Lunatic asylums Madras 1892-1911 - 1892-1911
Year: 1892
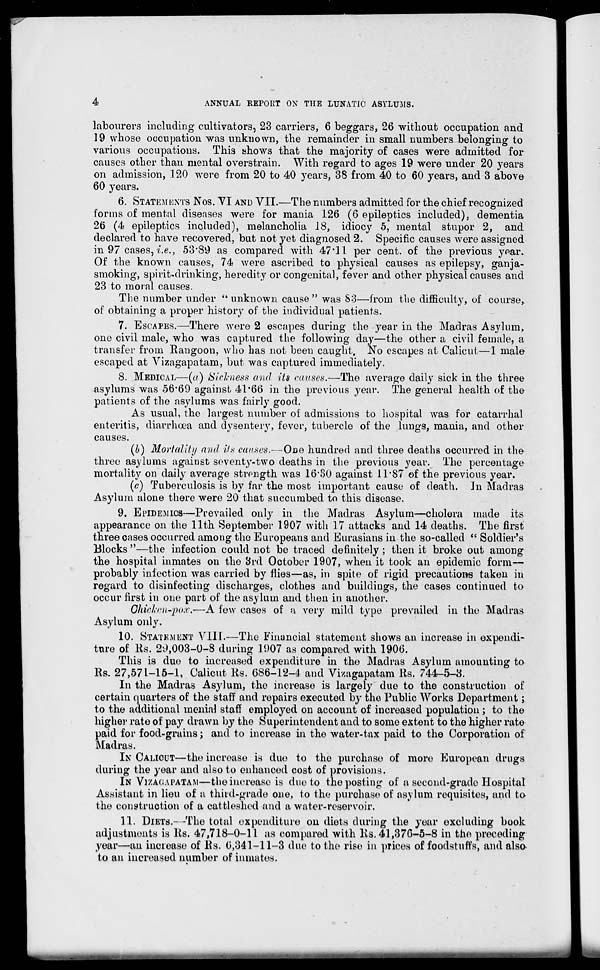
4
ANNUAL REPORT OX TTIE LUNATIC ASYLUMS.
labourers including cultivators, 23 carriers, 6 beggars, 26 without occupation and
19 whose occupation was unknown, the remainder in small numbers belonging to
various occupations. This shows that the majority of cases were admitted for
causes other than mental overstrain. With regard to ages 19 were under 20 years
on admission, .120 were from 20 to 40 years, 38 from 40 to 60 years, and 3 above
60 years.
6. STATEMENTS Nos. VI AND VII.—The numbers admitted for the chief recognized
forms of mental diseases were for mania 126 (6 epileptics included), dementia
26 (4 epileptics included), melancholia IS, idiocy 5, mental stupor 2, and
declared to have recovered, but not yet diagnosed 2. Specific causes were assigned
in 97 cases, i.e., 53*89 as compared with 47*11 per cent, of the previous year.
Of the known causes, 74 were ascribed to physical causes as epilepsy, ganja-
smoking, spirit-drinking, heredity or congenital, fever and other physical causes and
23 to moral causes.
The number under " unknown cause " was So—from the difficulty, of course,
of obtaining a proper history of the individual patients.
7. ESCAPES.—There were 2 escapes during the year in the Madras Asylum,
one civil male, who was captured the following day—the other a civil female, a
transfer from Rangoon, who has not been caught. No escapes at Calicut—1 male-
escaped at Vizagapatam, but was captured immediately.
8. MEDICAL—(a) Sickness and Us causes.—The average daily sick in the three
asylums was 56*69 against 41*66 in the previous year. The general health of the
patients of the asylums was fairly good.
As usual, the largest number of admissions to hospital was for catarrhal
enteritis, diarrhoea and dysentery, fever, tubercle of the lungs, mania, and other
causes.
(b) Mortality and its causes.—One hundred and three deaths occurred in the
three asylums against seventy-two deaths in the previous year. The percentage
mortality on daily average strength was 16*30 against 11*87 of the previous year.
(c) Tuberculosis is by far the most important cause of death. In Madras
Asylum alone there were 20 that succumbed to this disease.
9. EPIDEMICS—Prevailed only in the Madras Asylum—cholera made its
appearance on the 11th September 1907 with 17 attacks and 14 deaths. The first
three cases occurred among the Europeans and Eurasians in the so-called " Soldier's
Blocks "—the infection could not be traced definitely ; then it broke out among
the hospital inmates on the 3rd October 1907, when it took an epidemic form—
probably infection was carried by flies—as, in spite of rigid precautions taken in
regard to disinfecting discharges, clothes and buildings, the cases continued to
occur first in one part of the asylum and then in another.
Ohicken-pov,—A few cases of a very mild type prevailed in the Madras
Asylum only.
10. STATEMENT VIII.—The Financial statement shows an increase in expendi-
ture of Rs. 29,003-0-8 during 1907 as compared with 1906.
This is due to increased expenditure in the Madras Asylum amounting to
Rs. 27,571-15-1, Calicut Rs. 686-12-4 and Vizagapatam Rs. 744-5-3.
In the Madras Asylum, the increase is largely due to the construction of
certain quarters of the staff and repairs executed by the Public Works Department;
to the additional menial staff employed on account of increased population ; to the
higher rate of pay drawn by the Superintendent and to some extent to the higher rate
paid for food-grains; and to increase in the water-tax paid to the Corporation of
Madras.
IN CALICUT—the increase is due to the purchase of more European drugs
during the year and also to enhanced cost of provisions.
IN Vi/ACiAPATAM—the increase is due to the posting of a second-grade Hospital
Assistant in lieu of a third-grade one, to the purchase of asylum requisites, and to
the construction of a cat tleshed and a water-reservoir.
11. DIETS.- -The total expenditure on diets during the year excluding book
adjustments is Rs. 47,718-0-11 as compared with Rs. 41,376-5-8 in the preceding
year—an increase of Rs. 0,341-11-3 due to the rise in prices of foodstuffs, and also-
to an increased number of inmates.